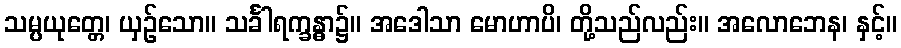
သမ္ပယုတ္တေ၊ ယှဉ်သော။ သင်္ခါရက္ခန္ဓာ၌။ အဒေါသာ မောဟာပိ၊ တို့သည်လည်း။ အလောဘေန၊ နှင့်။